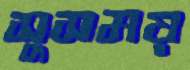
সুসময়